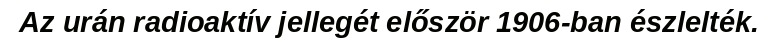
Az urán radioaktív jellegét először 1906-ban észlelték.